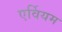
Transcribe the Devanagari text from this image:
एर्वियम